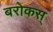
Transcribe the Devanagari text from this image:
बरोकस्